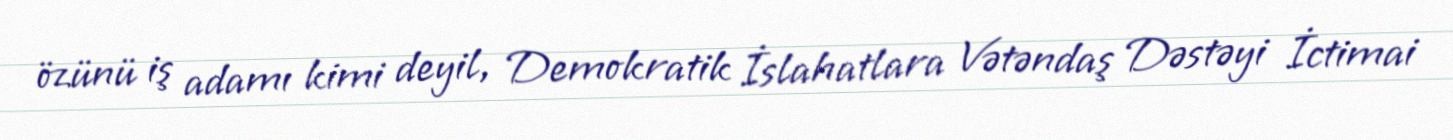
özünü iş adamı kimi deyil, Demokratik İslahatlara Vətəndaş Dəstəyi İctimai